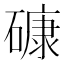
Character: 𥕎